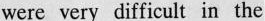
were very difficult in the